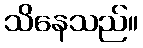
သိနေသည်။